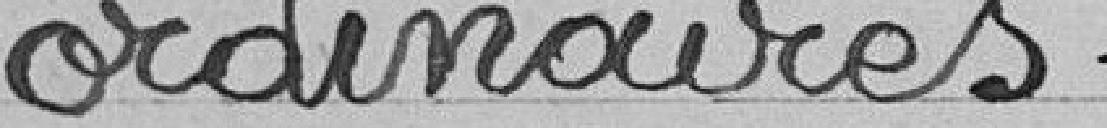
ordinaires